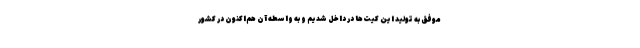
موفق به تولید این کیت‌ها در داخل شدیم و به واسطه آن هم‌اکنون در کشور